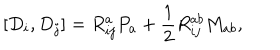
LaTeX: [ D _ { i } , D _ { j } ] = R _ { i j } ^ { a } P _ { a } + \frac { 1 } { 2 } R _ { i j } ^ { a b } M _ { a b } ,